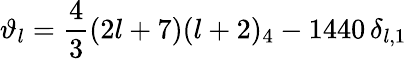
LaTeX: \vartheta_{l}=\frac{4}{3}(2l+7)(l+2)_{4}-1440\, \delta_{l,1}